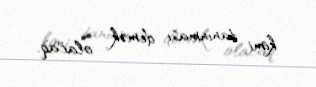
kimi tanınması demək olacaq.